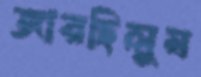
জারছিলুম